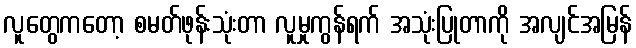
လူတွေကတော့ စမတ်ဖုန်းသုံးတာ လူမှုကွန်ရက် အသုံးပြုတာကို အလျင်အမြန်